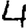
Digit: 4